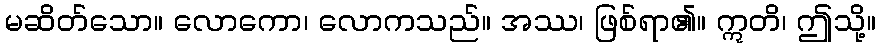
မဆိတ်သော။ လောကော၊ လောကသည်။ အဿ၊ ဖြစ်ရာ၏။ ဣတိ၊ ဤသို့။